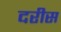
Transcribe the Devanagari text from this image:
दरीस